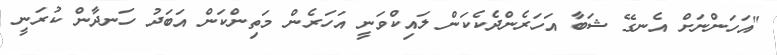
"އަހަންނަށް އެނގޭ ޝަބާ އަހަރެންދެކެކަން ލައިކްވަނީ އަހަރެން މަތިންކަން އަބަދު ހަނދާން ކުރަނީ